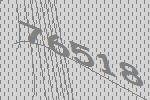
76518